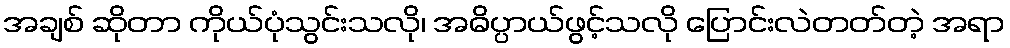
အချစ် ဆိုတာ ကိုယ်ပုံသွင်းသလို၊ အဓိပ္ပာယ်ဖွင့်သလို ပြောင်းလဲတတ်တဲ့ အရာ